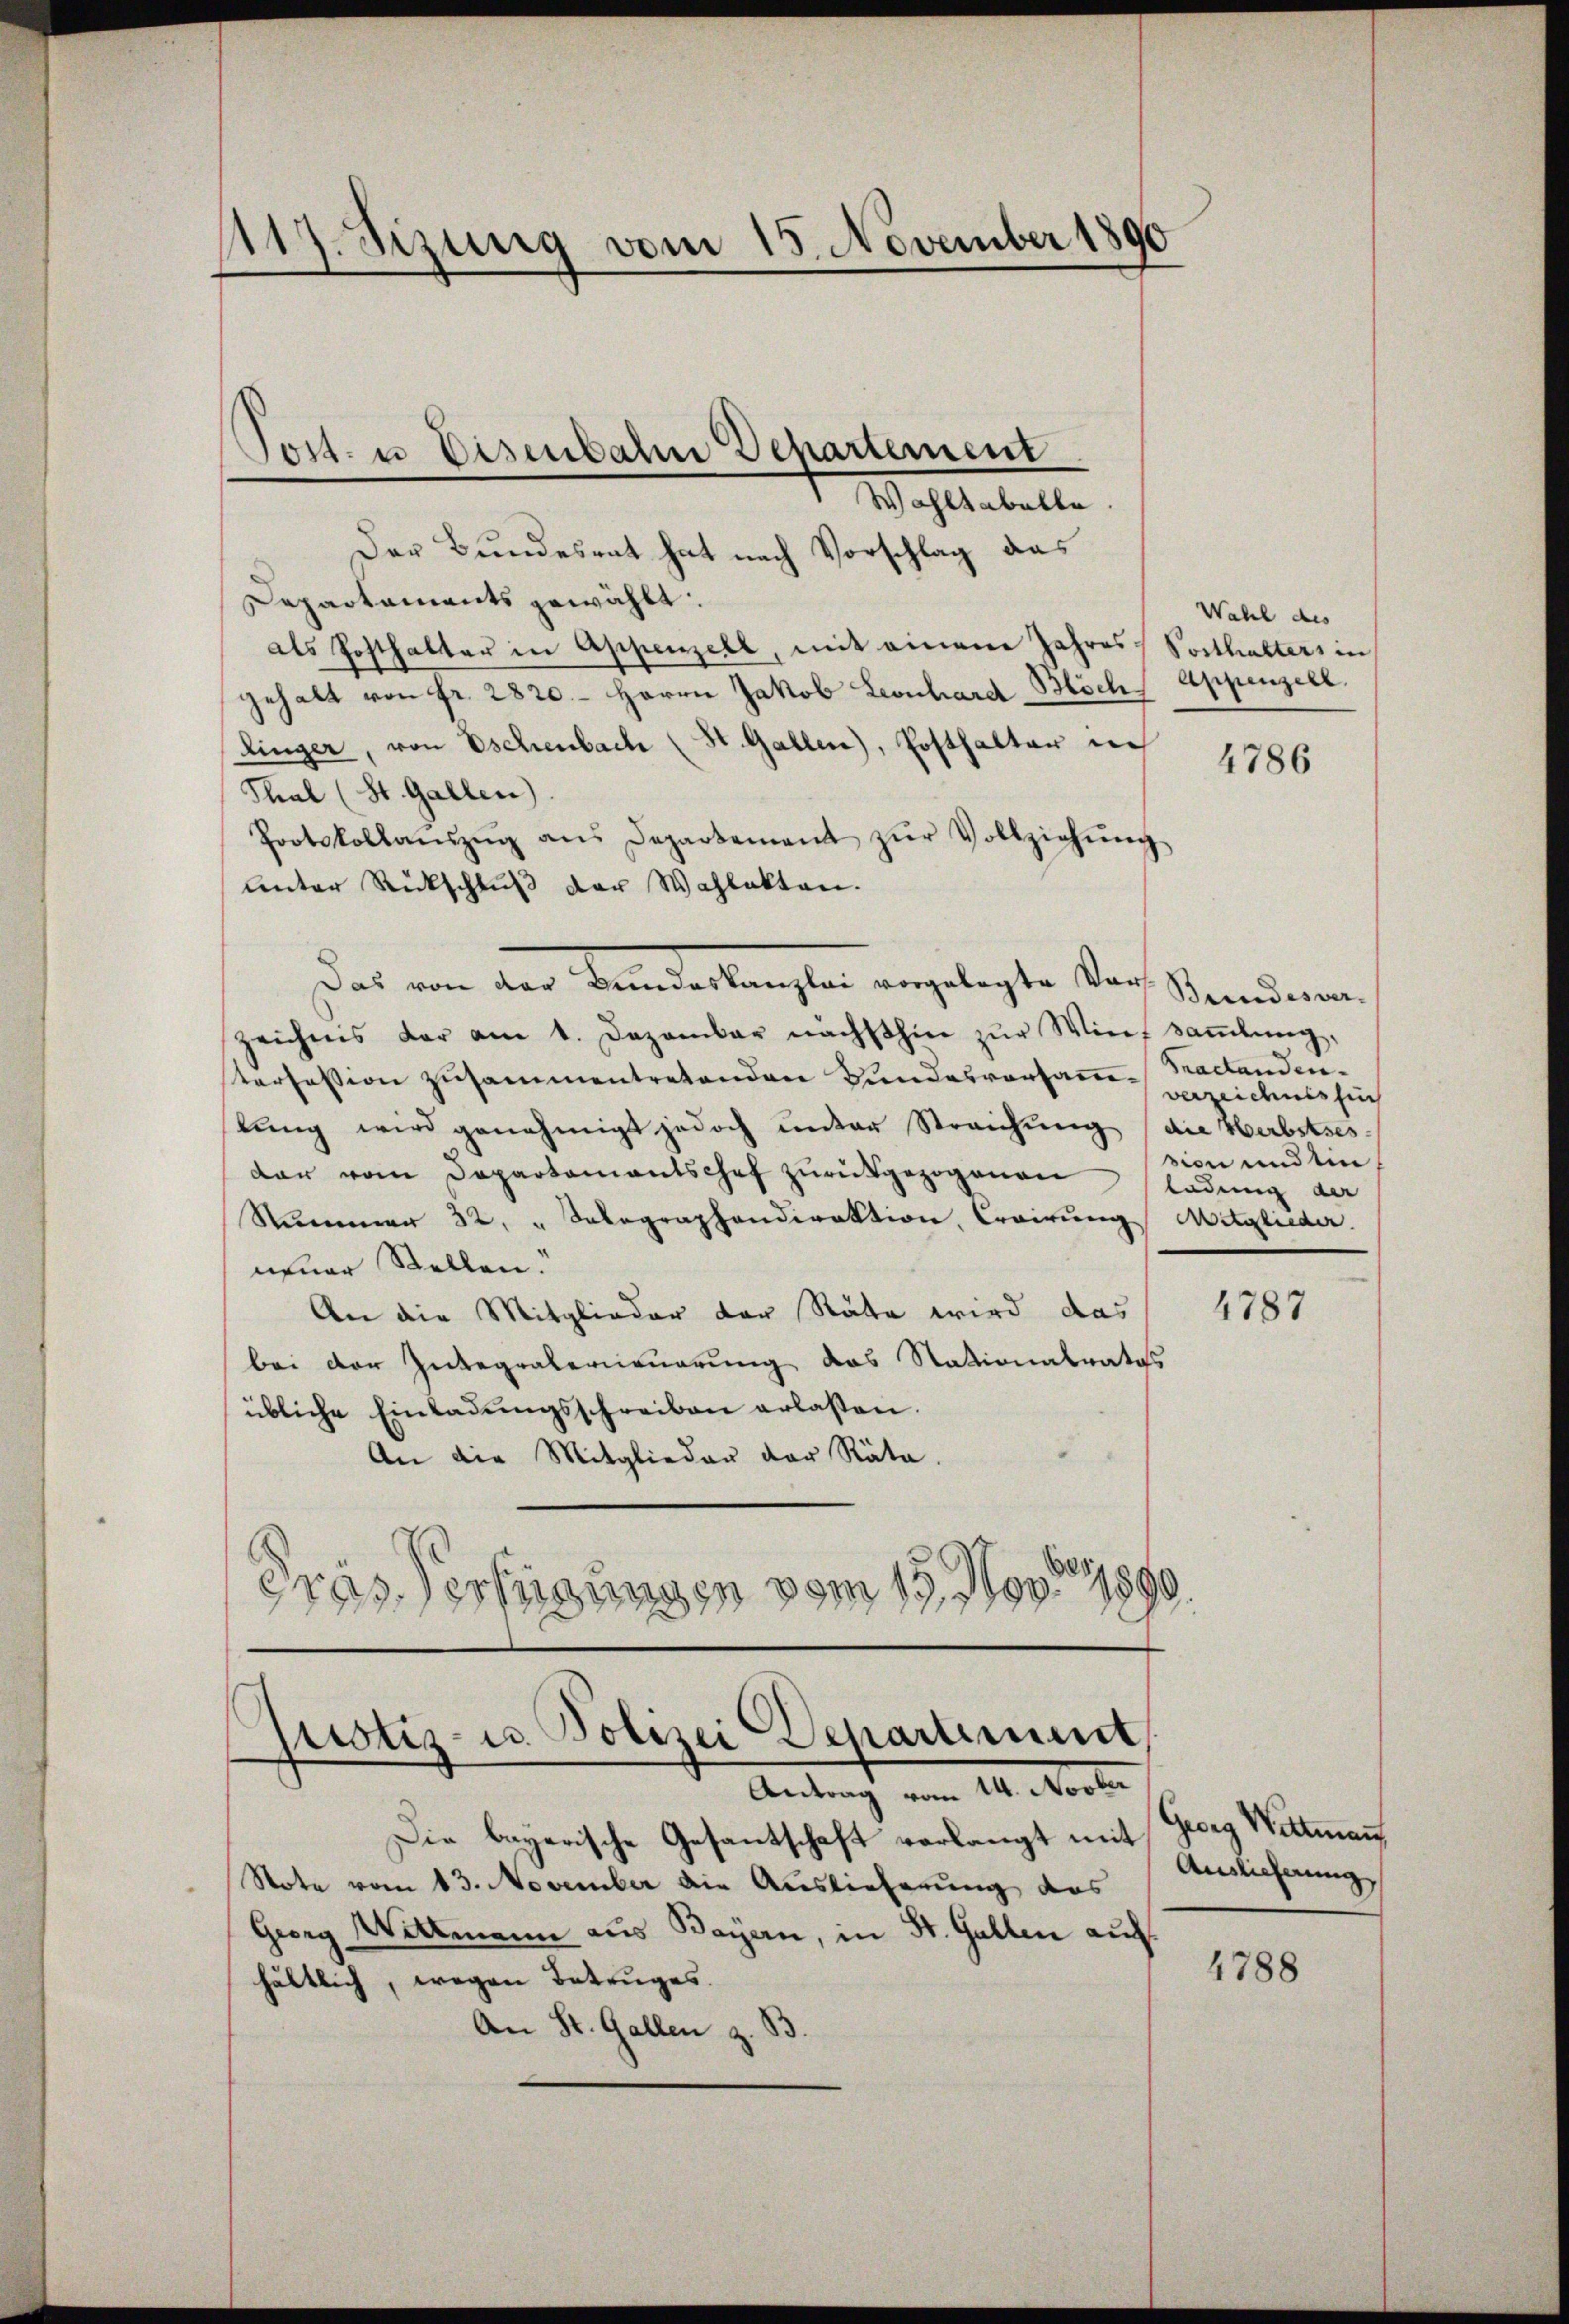
117. Sizung vom 15. November 1890

Der Bundesrat hat nach Vorschlag das
Departaments gewählt.
als Posthalter in Appenzell, mit einem Jahres Vorthalters in
gehalt von fr. 2820. Herrn Jakob Leonhard Bisch, Appenzell.
Ringer, von Eschenbach (St. Gallen), Posthalter in
Thal (St. Gallen.
Pootskollaŭszŭg ans Departement zŭr Vollziehŭng
unter Rückschluß der Wahlakten.
Das von der Bemerkung der angelegte den
zeichnis der am 1. Dezember nächsthin zŭr Wief saṁlŭng,
terfession zusammentretenden Bundesvorsamm-Tractanden.
lung wird genehmigt jedoch unter Streichung (die Herbstses-
dar vom Departamentschof zŭrückgezogenen ladung der
Nummer 32. " Salegraphendirektion, Croirung Mitglieder.
neuer Stellen.
An die Mitglieder der Räte wird das
bei der Zubegräberneuerung das Stationalrates
übliche Einladŭngsschreiben erlassen.
An die Mitglieden der Räte.
Gras Verfügungen vom 15. Nov. 1890.

Torst- u Eisenbahn Departement
Wahltabelle

Wahl des

Die beyerische Gesantschaft verlangt mit Georg Wittmann
Note vom 13. November die Auslieferung des
Georg Wittmann aus Bayern, in St. Gallen auf
hältlich, wegen Betruges.
An St. Gallen z. B.

Bundesver-
verzeichnis für
sion und ein

purotiz- u. Polizei Departement,
Antrag vom 14. Novber

4786

1787

Auslicherung

1788